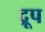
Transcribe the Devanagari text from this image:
द्रूप